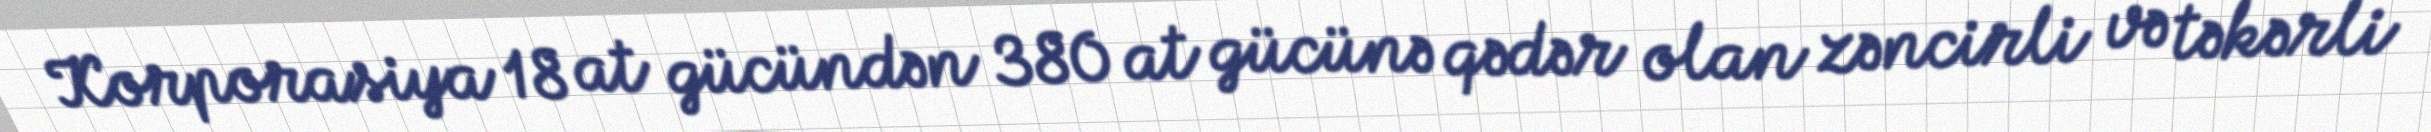
Korporasiya 18 at gücündən 380 at gücünə qədər olan zəncirli və təkərli